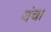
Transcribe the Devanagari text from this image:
यंचा